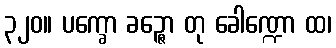
၃၂၀။ ပက္ခော ခဉ္ဇော တု ခေါဏ္ဍော ထ၊